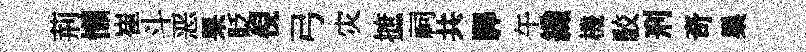
荊懒崔斗恶果貶倪弓灾摭祠共驛午織機駮刑奇巢